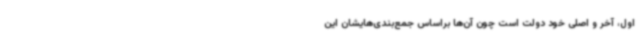
اول، آخر و اصلی خود دولت است چون آن‌ها براساس جمع‌بندی‌هایشان این